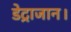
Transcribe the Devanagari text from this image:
डेट्राजान।